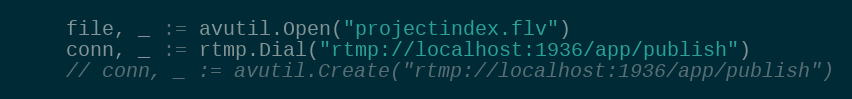
Language: Go
	file, _ := avutil.Open("projectindex.flv")
	conn, _ := rtmp.Dial("rtmp://localhost:1936/app/publish")
	// conn, _ := avutil.Create("rtmp://localhost:1936/app/publish")